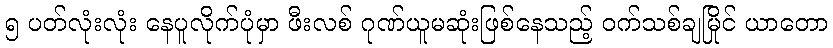
၅ ပတ်လုံးလုံး နေပူလိုက်ပုံမှာ ဖီးလစ် ဂုဏ်ယူမဆုံးဖြစ်နေသည့် ဝက်သစ်ချမြိုင် ယာတော